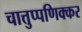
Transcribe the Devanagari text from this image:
चात्तुप्पणिक्कर